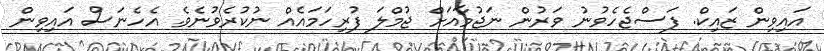
އައިވިން ޒައިކް. ފަސްޖެހެވުނު ވަރުން ނަޖުމާއަށް ޖުމްލަ ފުރިހަމައެއް ނުކުރެވުނެވެ. އެހެނަސް އައިވިން